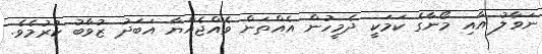
ނަވާލު އާއި މޯނާގެ ކަމަކީ ދެމީހުން އެއްތަން ވެއްޖެއްޔާ އަބަދު ޒުވާބު ކުރުމެވެ.